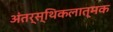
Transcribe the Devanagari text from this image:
अंतर्स्थिकलात्मक